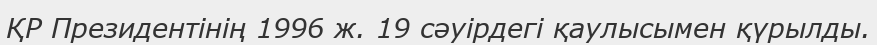
ҚР Президентінің 1996 ж. 19 сәуірдегі қаулысымен қүрылды.